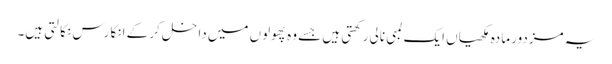
یہ مزدور مادہ مکھیاں ایک لمبی نالی رکھتی ہیں جسے وہ پھولوں میں داخل کر کے انکا رس نکالتی ہیں۔